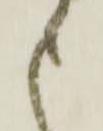
申